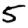
Digit: 5